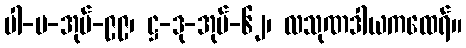
ပါ-ပ-အုပ်-၉၉၊ ဋ္ဌ-ဒု-အုပ်-၆၂၊ လသုဏဒါယကထေရ်။